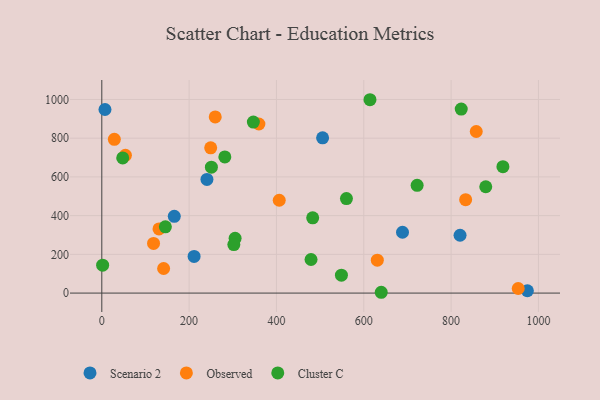
{"axis": {"x": "Price", "y": "Sales"}, "legend": ["Cluster C", "Observed", "Scenario 2"], "data": [{"x": "240.8", "y": 587.2, "type": "Scenario 2"}, {"x": "211.4", "y": 189.2, "type": "Scenario 2"}, {"x": "688.7", "y": 314.1, "type": "Scenario 2"}, {"x": "974.7", "y": 12.1, "type": "Scenario 2"}, {"x": "820.5", "y": 298.8, "type": "Scenario 2"}, {"x": "505.7", "y": 801.7, "type": "Scenario 2"}, {"x": "166.0", "y": 396.6, "type": "Scenario 2"}, {"x": "7.3", "y": 948.3, "type": "Scenario 2"}, {"x": "131.0", "y": 331.5, "type": "Observed"}, {"x": "857.6", "y": 834.5, "type": "Observed"}, {"x": "359.8", "y": 873.3, "type": "Observed"}, {"x": "631.0", "y": 169.8, "type": "Observed"}, {"x": "833.3", "y": 482.3, "type": "Observed"}, {"x": "54.1", "y": 711.6, "type": "Observed"}, {"x": "406.4", "y": 479.5, "type": "Observed"}, {"x": "141.6", "y": 127.0, "type": "Observed"}, {"x": "259.8", "y": 909.9, "type": "Observed"}, {"x": "953.7", "y": 23.7, "type": "Observed"}, {"x": "118.5", "y": 256.7, "type": "Observed"}, {"x": "249.4", "y": 750.4, "type": "Observed"}, {"x": "28.7", "y": 794.3, "type": "Observed"}, {"x": "281.8", "y": 703.4, "type": "Cluster C"}, {"x": "145.6", "y": 342.4, "type": "Cluster C"}, {"x": "47.9", "y": 698.1, "type": "Cluster C"}, {"x": "1.9", "y": 144.2, "type": "Cluster C"}, {"x": "879.4", "y": 549.2, "type": "Cluster C"}, {"x": "479.2", "y": 173.4, "type": "Cluster C"}, {"x": "347.1", "y": 883.1, "type": "Cluster C"}, {"x": "918.7", "y": 652.9, "type": "Cluster C"}, {"x": "722.2", "y": 556.6, "type": "Cluster C"}, {"x": "305.3", "y": 283.1, "type": "Cluster C"}, {"x": "251.0", "y": 650.2, "type": "Cluster C"}, {"x": "640.0", "y": 4.2, "type": "Cluster C"}, {"x": "548.8", "y": 92.3, "type": "Cluster C"}, {"x": "302.4", "y": 250.8, "type": "Cluster C"}, {"x": "560.3", "y": 488.0, "type": "Cluster C"}, {"x": "614.2", "y": 998.7, "type": "Cluster C"}, {"x": "823.2", "y": 950.3, "type": "Cluster C"}, {"x": "483.0", "y": 388.8, "type": "Cluster C"}]}